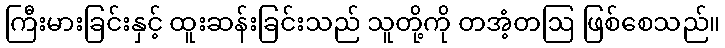
ကြီးမားခြင်းနှင့် ထူးဆန်းခြင်းသည် သူတို့ကို တအံ့တဩ ဖြစ်စေသည်။